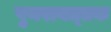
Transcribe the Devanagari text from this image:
पुनरावत्र्तक